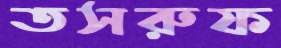
তসরুফ